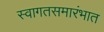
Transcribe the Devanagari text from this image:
स्वागतसमारंभात